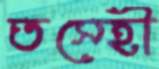
তস্হৌ